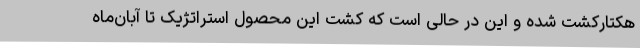
هکتارکشت شده و این در حالی است که کشت این محصول استراتژیک تا آبان‌ماه